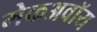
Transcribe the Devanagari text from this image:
मेकअवॉय